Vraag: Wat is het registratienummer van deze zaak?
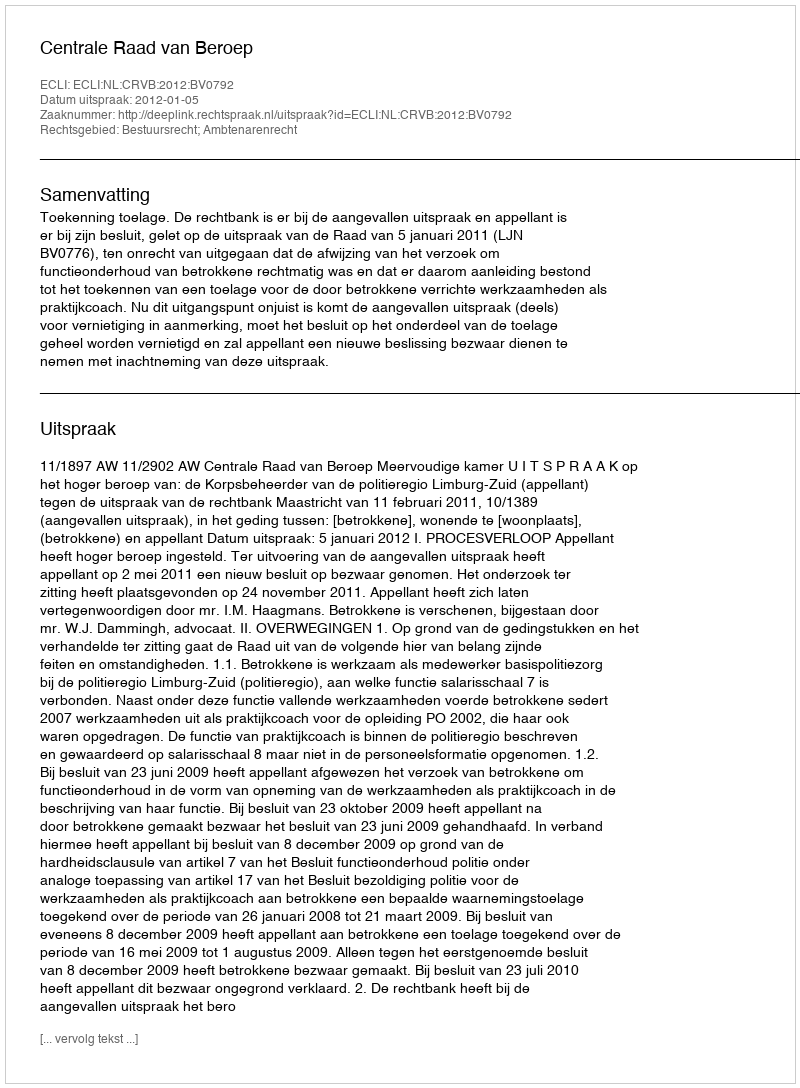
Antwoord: http://deeplink.rechtspraak.nl/uitspraak?id=ECLI:NL:CRVB:2012:BV0792